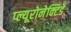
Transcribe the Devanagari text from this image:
प्ल्यूरोनेक्टिडे